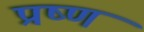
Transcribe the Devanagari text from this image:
प्रष्ण